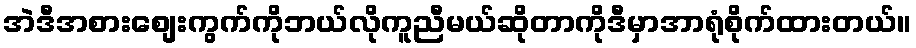
အဲဒီအစားစျေးကွက်ကိုဘယ်လိုကူညီမယ်ဆိုတာကိုဒီမှာအာရုံစိုက်ထားတယ်။